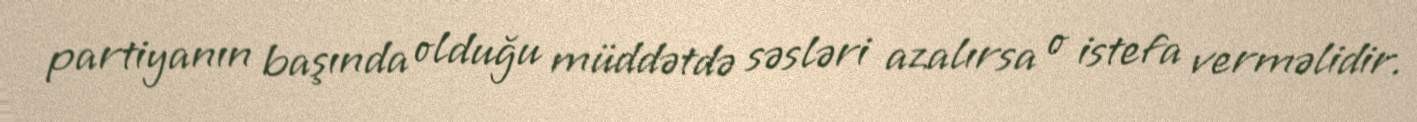
partiyanın başında olduğu müddətdə səsləri azalırsa o istefa verməlidir.